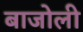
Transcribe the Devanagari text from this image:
बाजोली